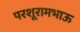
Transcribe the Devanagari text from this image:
परशूरामभाऊ